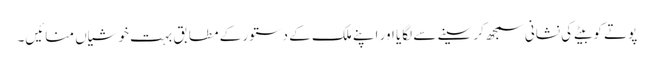
پوتے کو بیٹے کی نشانی سمجھ کر سینے سے لگایا اور اپنے ملک کے دستور کے مطابق بہت خوشیاں منائیں۔